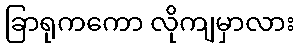
ခြာရုကကော လိုကျမှာလား